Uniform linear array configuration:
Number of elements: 48
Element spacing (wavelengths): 0.75
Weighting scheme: hann
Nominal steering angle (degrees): -30
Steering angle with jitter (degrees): -28.191
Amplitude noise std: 0.05
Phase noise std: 0.05

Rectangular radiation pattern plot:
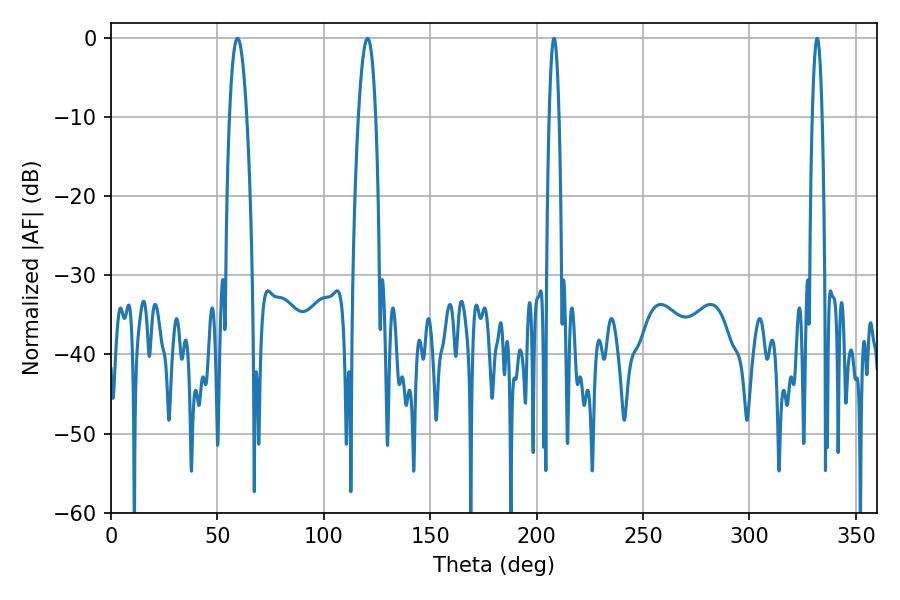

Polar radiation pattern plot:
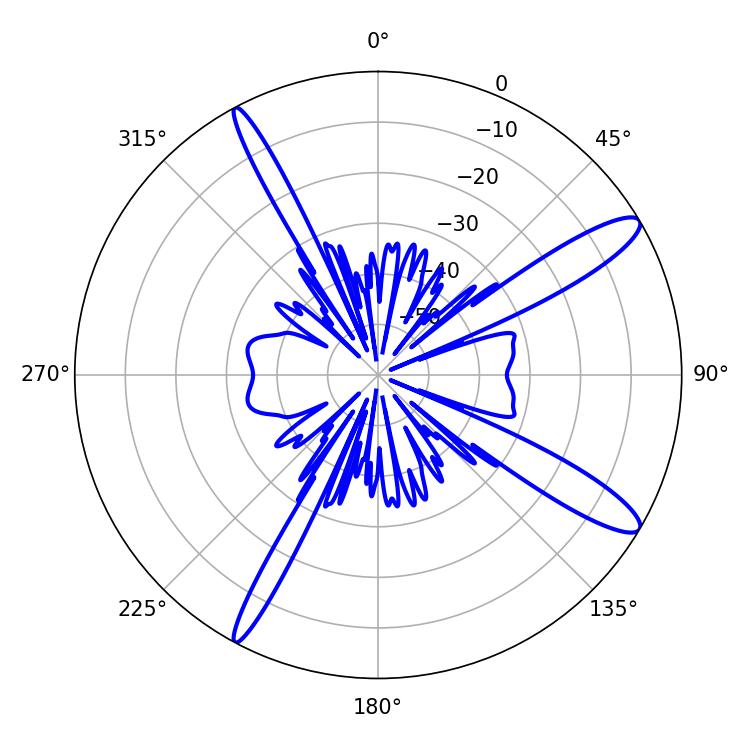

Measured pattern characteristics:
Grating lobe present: TRUE
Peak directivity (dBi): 13.0
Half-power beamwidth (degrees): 4.5
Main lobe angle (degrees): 59.4